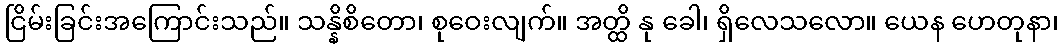
ငြိမ်းခြင်းအကြောင်းသည်။ သန္နိစိတော၊ စုဝေးလျက်။ အတ္ထိ နု ခေါ၊ ရှိလေသလော။ ယေန ဟေတုနာ၊